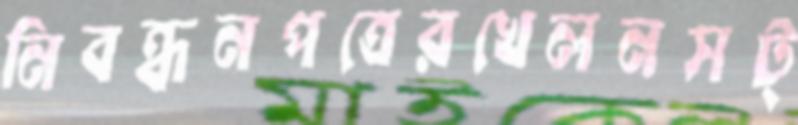
নিবন্ধনপত্রেরখেলনসট্